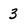
Character: 3